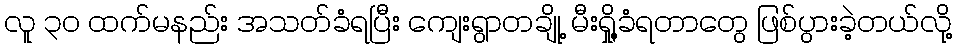
လူ ၃၀ ထက်မနည်း အသတ်ခံရပြီး ကျေးရွာတချို့ မီးရှို့ခံရတာတွေ ဖြစ်ပွားခဲ့တယ်လို့